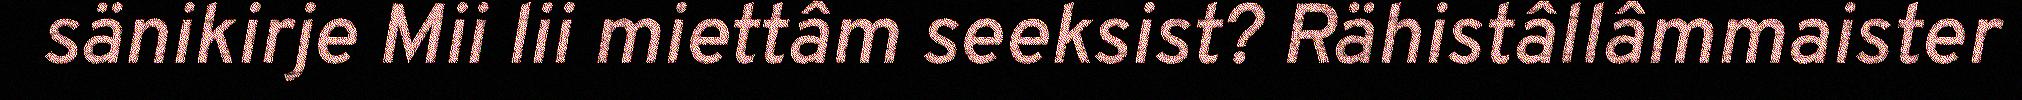
sänikirje Mii lii miettâm seeksist? Rähistâllâmmaister